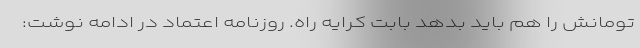
تومانش را هم بايد بدهد بابت كرايه راه. روزنامه اعتماد در ادامه نوشت: